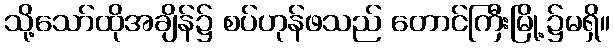
သို့သော်ထိုအချိန်၌ စပ်ဟုန်ဖသည် တောင်ကြီးမြို့၌မရှိ။